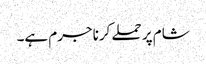
شام پر حملے کرنا جرم ہے۔